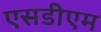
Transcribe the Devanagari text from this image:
एसडीएम